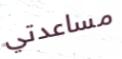
مساعدتي